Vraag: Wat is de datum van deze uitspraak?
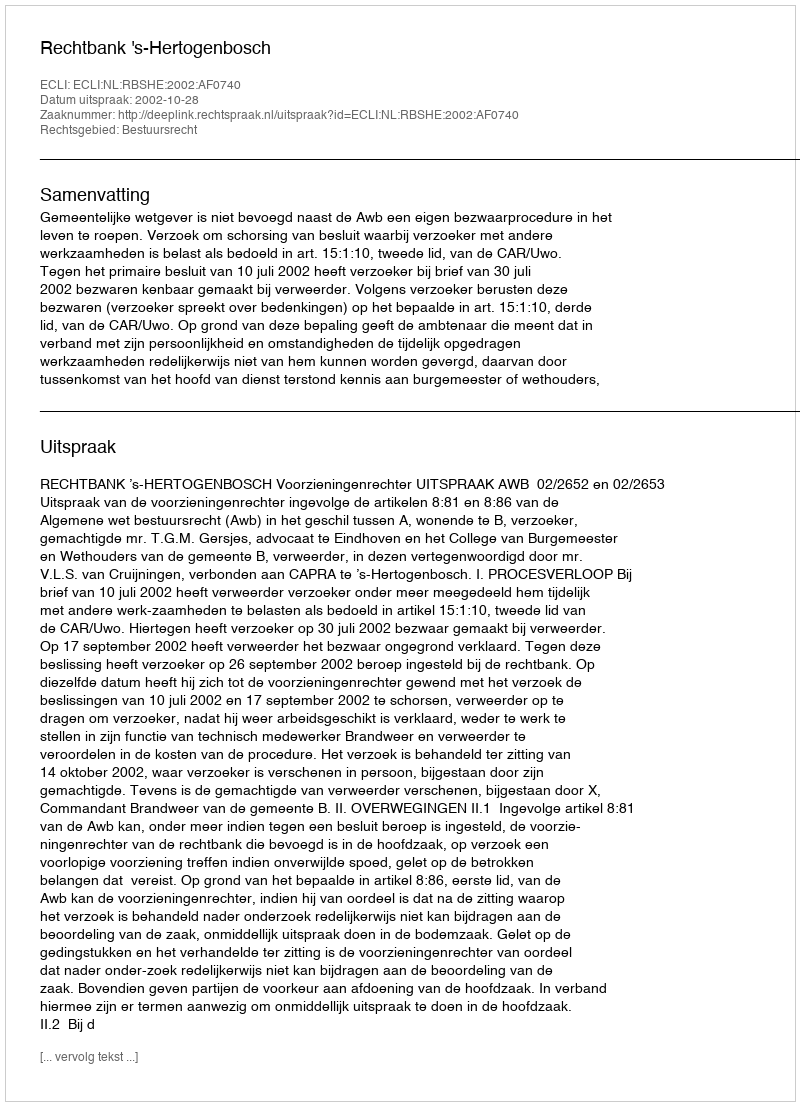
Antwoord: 2002-10-28